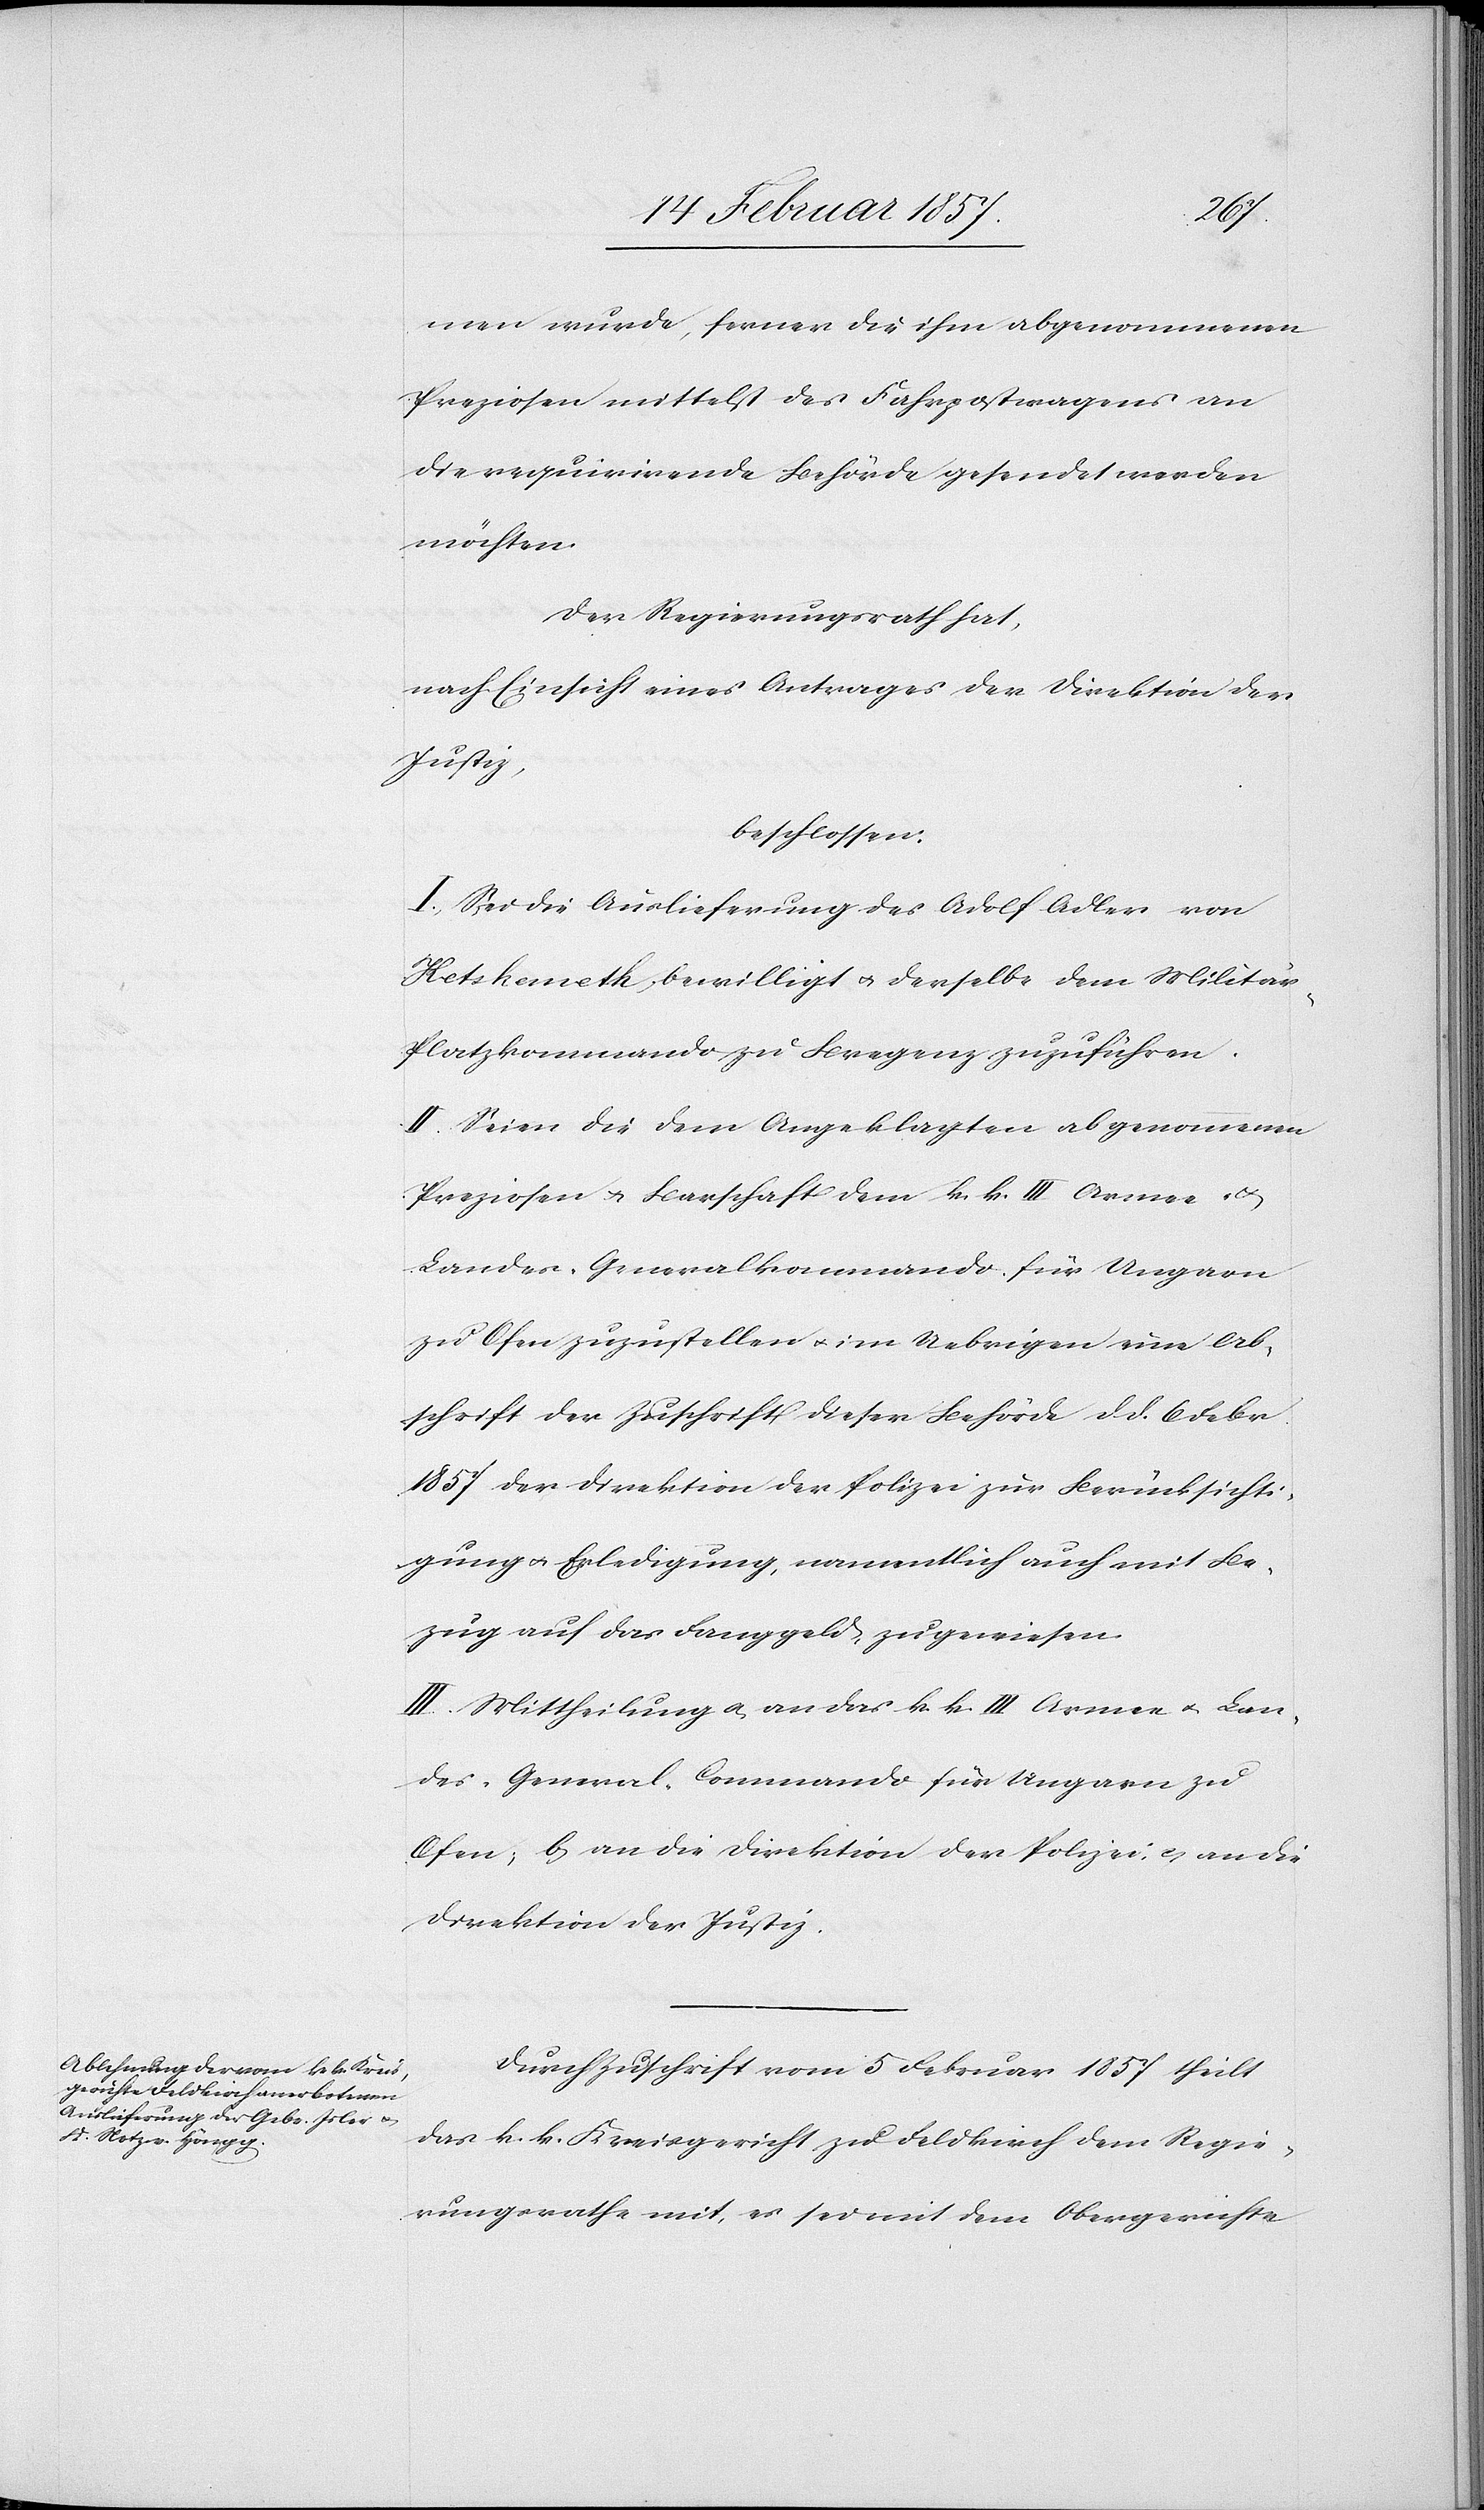
men wurde, ferner die ihm abgenommenen
Preziosen mittelst des Fahrpostwagens an
die requirirende Behörde gesendet werden
möchten.
Der Regierungsrath hat,
nach Einsicht eines Antrages der Direktion der
Justiz,
beschlossen:
I. Sei die Auslieferung des Adolf Adler von
Ketskemetk bewilligt u. derselbe dem Militä¬
r-Platzkommando zu Bregenz zuzuführen.
II: Seien die dem Angeklagten abgenommenen
Preziosen u. Barschaft dem k. k. III. Armee- u.
Landes-Generalkommando für Ungarn
zu Ofen zuzustellen u. im Uebrigen eine Ab¬
schrift der Zuschrift dieser Behörde d. d. 6 Febr.
1857 der Direktion der Polizei zur Berücksichti¬
gung u. Erledigung, namentlich auch mit Be¬
zug auf das Fanggeld zugewiesen.
III. Mittheilung a. an das k. k. III Armee[-] u. Lan¬
des-General-Commando für Ungarn zu
Ofen; b. an die Direktion der Polizei u. an die
Direktion der Justiz.
Durch Zuschrift vom 5 Februar 1857 theilt
das k. k. Kreisgericht zu Feldkirch dem Regie¬
rungsrathe mit, es sei mit dem Obergerichte